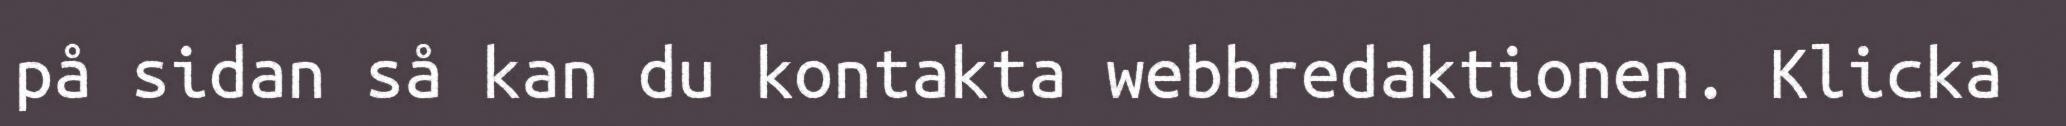
på sidan så kan du kontakta webbredaktionen. Klicka